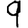
Digit: 9